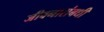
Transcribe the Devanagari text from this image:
जीवनासंबधी